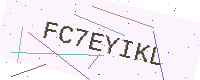
Text: FC7EYIKL